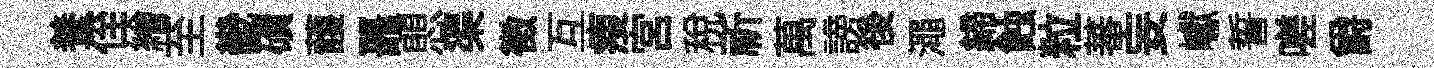
養侄繪至畿磧䕶鼉愳渠徴互瘦宮稅祈萬謗後澠締蝕粒蕃妄巘誓嗟爵